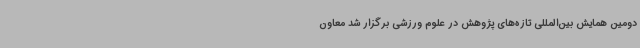
دومین همایش بین‌المللی تازه‌های پژوهش در علوم ورزشی برگزار شد معاون